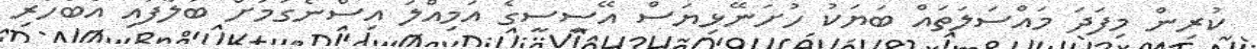
ކުރިން މިފަދަ މައްސަލަތައް ބަޔަކު ހުށަނޭޅިޔަސް އޭސީސީގެ އަމިއްލަ އިސްނެގުމަށް ބަލާފައި އެބަހުރި